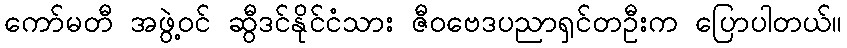
ကော်မတီ အဖွဲ့ဝင် ဆွီဒင်နိုင်ငံသား ဇီဝဗေဒပညာရှင်တဦးက ပြောပါတယ်။